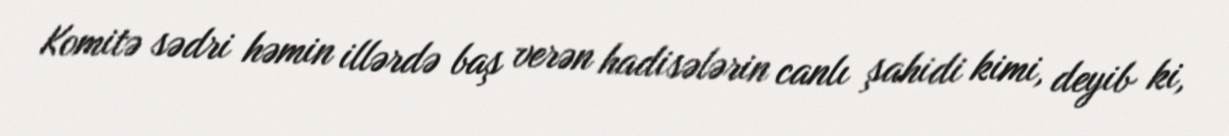
Komitə sədri həmin illərdə baş verən hadisələrin canlı şahidi kimi, deyib ki,